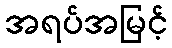
အရပ်အမြင့်